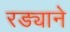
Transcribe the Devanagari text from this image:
रड्याने